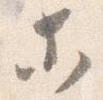
等